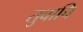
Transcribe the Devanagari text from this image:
तुवाचि